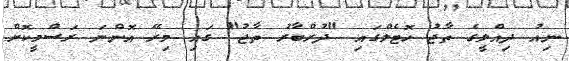
ނިއު ދިއްލީގެ ތާޖު ހޮޓެލްގައި "ދުރްބާރު ތާޖު" ގައި މިރޭ އޮންނަ ރަސްމީކޮށް